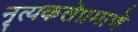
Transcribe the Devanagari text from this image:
नृत्यकलेप्रमाणे